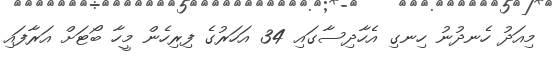
މިއަދު ހެނދުނު ހިނގި އެހާދިސާގައި 34 އަހަރުގެ ފިރިހެން މީހާ ބޯޓަށް އަރާފައި